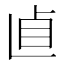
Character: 𠧡